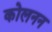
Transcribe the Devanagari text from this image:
कोलनन